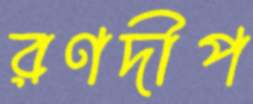
রণদীপ